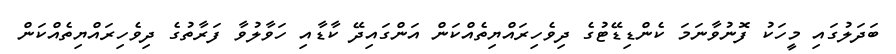
ބަދަލުގައި މީހަކު ފޮނުވާނަމަ ކެންޑިޑޭޓުގެ ދިވެހިރައްޔިތެއްކަން އަންގައިދޭ ކާޑާއި ހަވާލުވާ ފަރާތުގެ ދިވެހިރައްޔިތެއްކަން